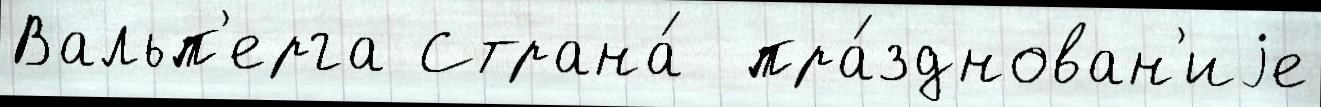
Вальп'ерга Страна́  пра́зднован'иjе